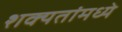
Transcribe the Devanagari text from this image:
शक्यतांमध्ये